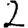
Digit: 2